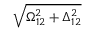
\sqrt { \Omega _ { 1 2 } ^ { 2 } + \Delta _ { 1 2 } ^ { 2 } }